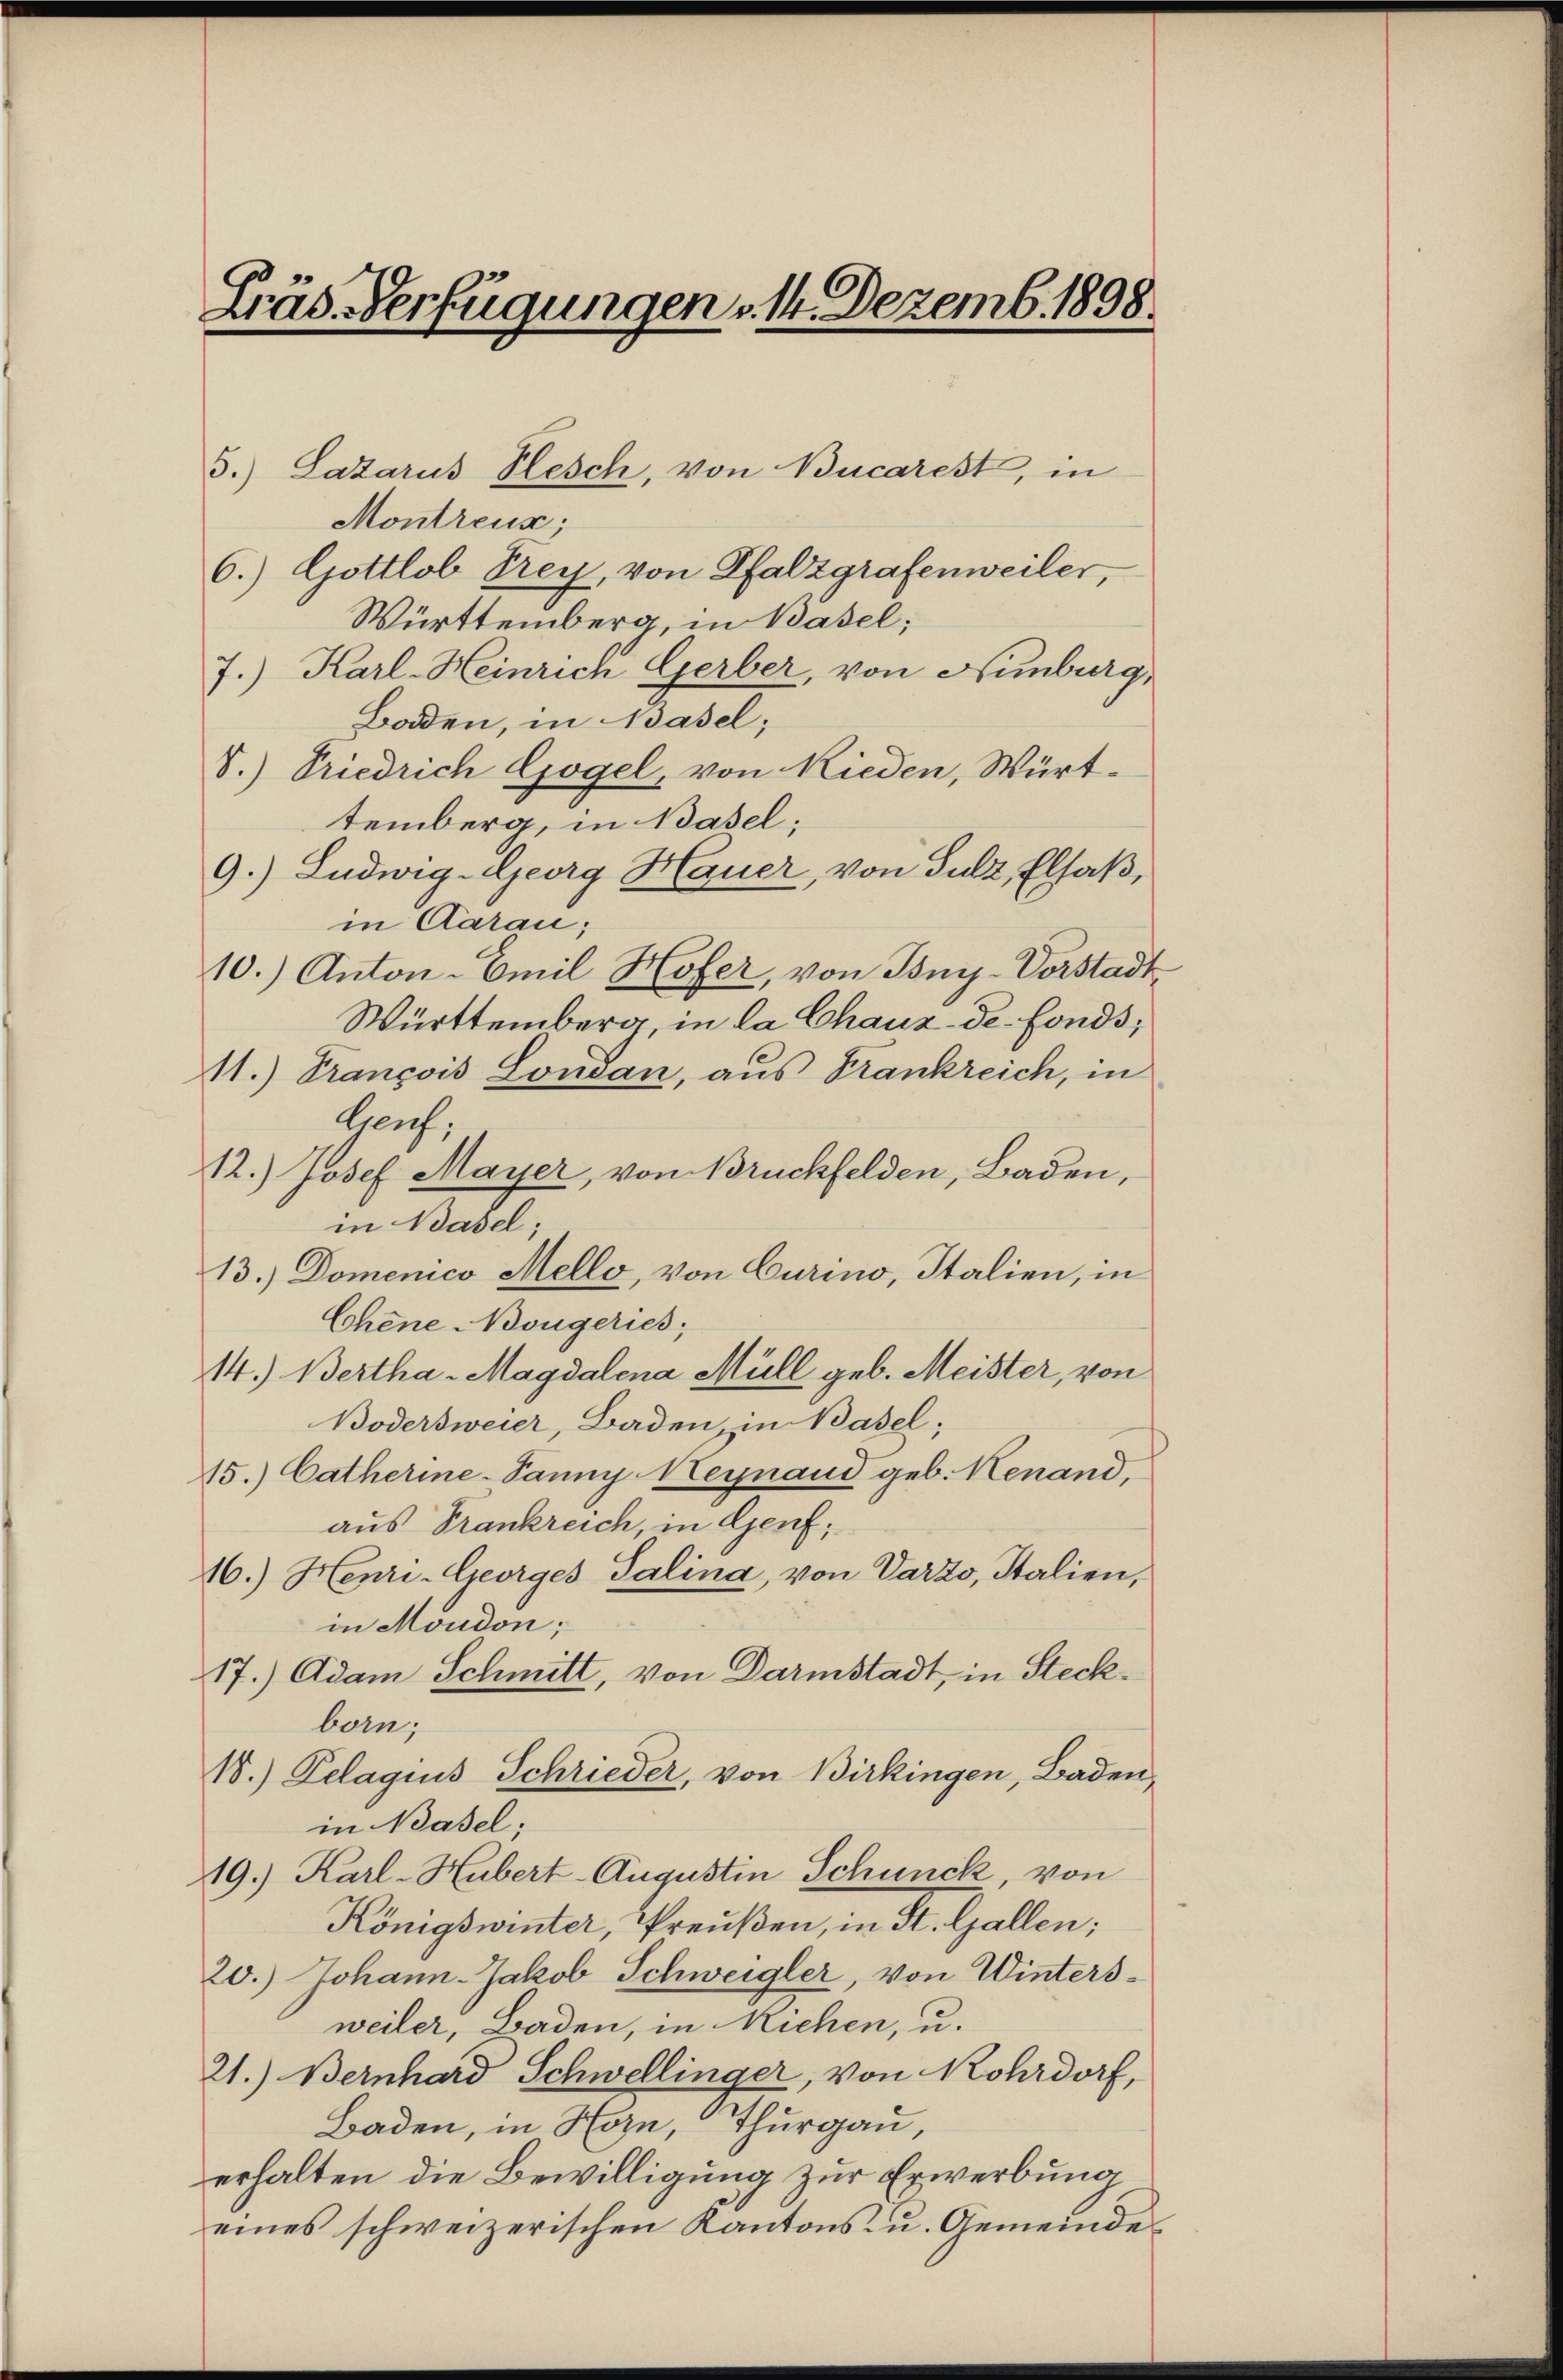
Gräs. Verfügungen v. 14. Dezemb. 1898.

5.) Lazarus Plesch, von Bucarest, in
Montreux;
6.) Gottlob Frey, von Pfalzgrafenweiler,
Württemberg, in Basel;
7.) Karl-Heinrich Gerber, von Nimburg,
Boden, in Basel;
S.) Friedrich Gogel, von Rieden, Württemberg, in Basel;
9.) Ludwig-Georg Hauer, von Sulz, Elsaß,
in Carau;
10.) Anton-Emil Hofer, von Bny-Vorstadt
Württemberg in la Chaux-de-Fonds,
11.) Trancois Lonsan, aus Frankreich, in
Gruh,
12.) Josef Mayer, von Bruckfelden, Baden,
in Basel;
13.) Domenico Mello, von Curino, Italien, in
Chene Nougeries;
14.) Bertha Magdalena Müll geb. Meister, von
Bödersweier, Baden in Basel;
15.) Catherine-Panny Meynaud geb. Menand,
aus Frankreich, in Genf;
6.) Henri-Georges Salina, von Varzo, Italien,
in Moudon;
17.) Adam Schmitt, von Darmstadt, in Steckboin;
18.) Delaguis Schrieder, von Birkingen, Baden,
in Basel;
19.) Karl-Hubert-Augustin Schünck, von
Königswinter, Preußen, in St. Gallen;
20.) Johann-Jakob Schweigler, von Wintersweiler, Baden, in Richen, u.
21.) Bernhard Schwellinger, von Rohrdorf,
Baden, in Horn, Thurgau,
erhalten die Bewilligung zur Erwerbung
eines schweizerischen Kantons- u. Gemeinde¬